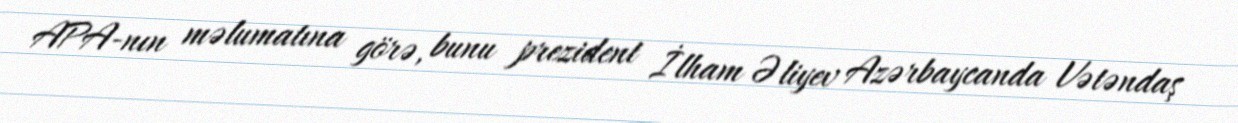
APA-nın məlumatına görə, bunu prezident İlham Əliyev Azərbaycanda Vətəndaş